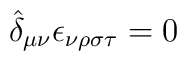
\hat{\delta}_{\mu \nu} \epsilon_{\nu \rho \sigma \tau} = 0